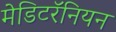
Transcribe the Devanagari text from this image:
मेडिटरॅनियन